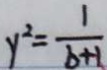
y ^ { 2 } = \frac { 1 } { b + 1 }